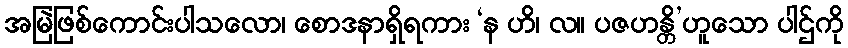
အမြဲဖြစ်ကောင်းပါသလော၊ စောဒနာရှိရကား ‘န ဟိ၊ လ။ ပဇဟန္တိ’ဟူသော ပါဌ်ကို